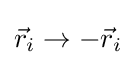
{{\vec {r}}_{i}}\to -{{\vec {r}}_{i}}